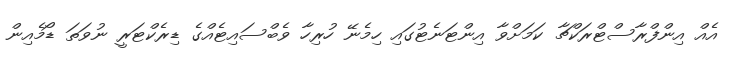
އެއް އިންފްރާސްޓްރަކްޗާ ކަމަށްވާ އިންޓަނެޓުގައި ހިމެނޭ ހުރިހާ ވެބްސައިޓެއްގެ ޑިރެކްޓަރީ ނުވަތަ ޑޯމެއިން